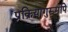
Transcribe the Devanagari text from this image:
प्रक्रियागुरूमपि